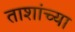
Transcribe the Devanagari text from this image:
ताशांच्या